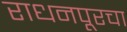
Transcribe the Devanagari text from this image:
राधनपूरचा